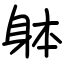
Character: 躰